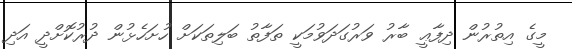
މީގެ އިތުރުން ދިފާޢީ ބާރު ވަރުގަދަވުމަކީ ތަފާތު ބަލިތަކަށް ހުށަހެޅުން ދުރުކޮށްދީ އަދި